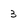
Character: 3